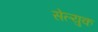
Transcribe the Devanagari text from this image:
सेल्युक